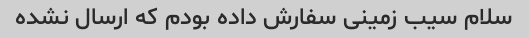
سلام سیب زمینی سفارش داده بودم که ارسال نشده